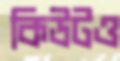
কিউটও